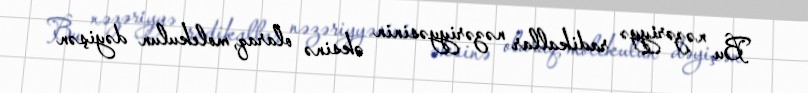
Bu nəzəriyyə radikallar nəzəriyyəsinin əksinə olaraq, molekulun dəyişən